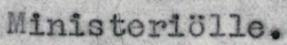
Ministeriölle.